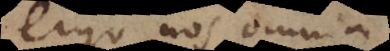
ergo nos omnia